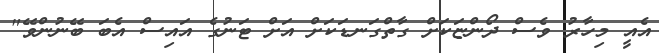
އެއީ މިހާރު ވެސް ދޯންޏަކަށް ގާތްގަނޑަކަށް އަށް ޓަނުގެ އައިސް އެބަ ބޭނުންވޭ"